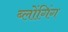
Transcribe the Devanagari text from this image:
ब्लोंगिंग